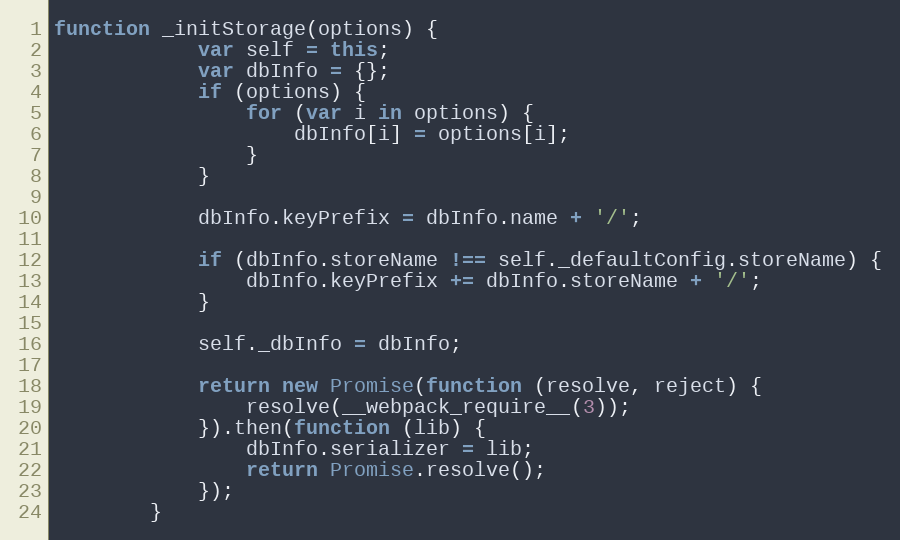
Language: JavaScript
function _initStorage(options) {
	        var self = this;
	        var dbInfo = {};
	        if (options) {
	            for (var i in options) {
	                dbInfo[i] = options[i];
	            }
	        }

	        dbInfo.keyPrefix = dbInfo.name + '/';

	        if (dbInfo.storeName !== self._defaultConfig.storeName) {
	            dbInfo.keyPrefix += dbInfo.storeName + '/';
	        }

	        self._dbInfo = dbInfo;

	        return new Promise(function (resolve, reject) {
	            resolve(__webpack_require__(3));
	        }).then(function (lib) {
	            dbInfo.serializer = lib;
	            return Promise.resolve();
	        });
	    }